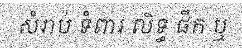
សំរាប់ ទំពារ លិទ្ធ ផឹក ឬ